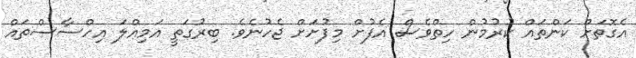
އެގޮތަށް ކަންތައް ކުރުމުން ހިތްވެސް އެފުށް މިފުށަށް ޖެހުނެވެ. ބިރުގަތީ އަމިއްލަ އިހްސާސްތައް